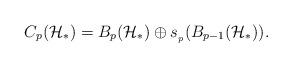
LaTeX: \begin{align*}C_p(\mathcal{H}_{\ast})=B_p(\mathcal{H}_{\ast})\oplus s_{_{p}}(B_{p-1}(\mathcal{H}_{\ast})).\end{align*}